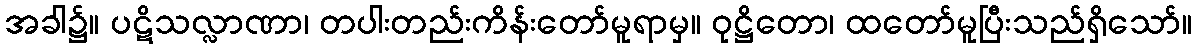
အခါ၌။ ပဋိသလ္လာဏာ၊ တပါးတည်းကိန်းတော်မူရာမှ။ ဝုဋ္ဌိတော၊ ထတော်မူပြီးသည်ရှိသော်။